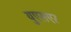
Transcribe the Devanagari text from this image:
युएसएर